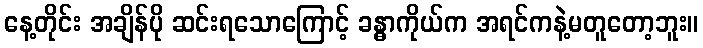
နေ့တိုင်း အချိန်ပို ဆင်းရသောကြောင့် ခန္ဓာကိုယ်က အရင်ကနဲ့မတူတော့ဘူး။